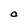
Character: a